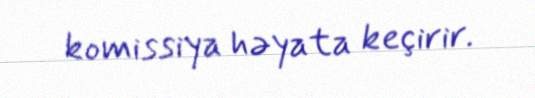
komissiya həyata keçirir.